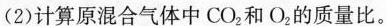
(2)计算原混合气体中CO_{2}和O_{2}的质量比。